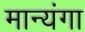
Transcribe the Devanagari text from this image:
मान्यंगा